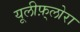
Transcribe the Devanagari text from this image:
यूलीफ़्लोरा